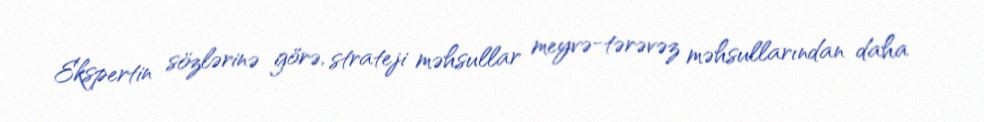
Ekspertin sözlərinə görə, strateji məhsullar meyvə-tərəvəz məhsullarından daha